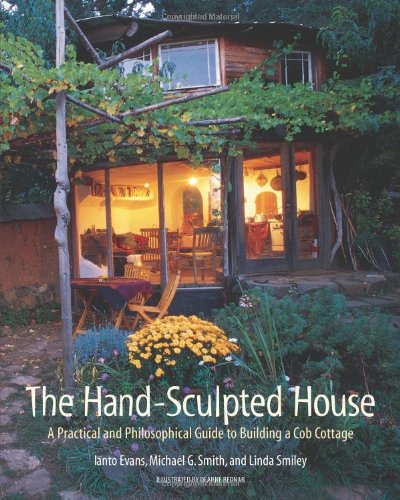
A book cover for The Hand-Sculpted House: A Practical and Philosophical Guide to Building a Cob Cottage: The Real Goods Solar Living Book; Ianto Evans; Engineering & Transportation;